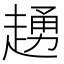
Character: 䞻